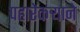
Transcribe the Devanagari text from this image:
पहारेकर्‍याने